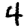
Digit: 4